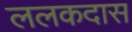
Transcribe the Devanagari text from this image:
ललकदास